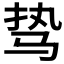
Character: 𱅊